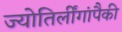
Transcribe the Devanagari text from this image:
ज्योतिर्लींगांपैकी